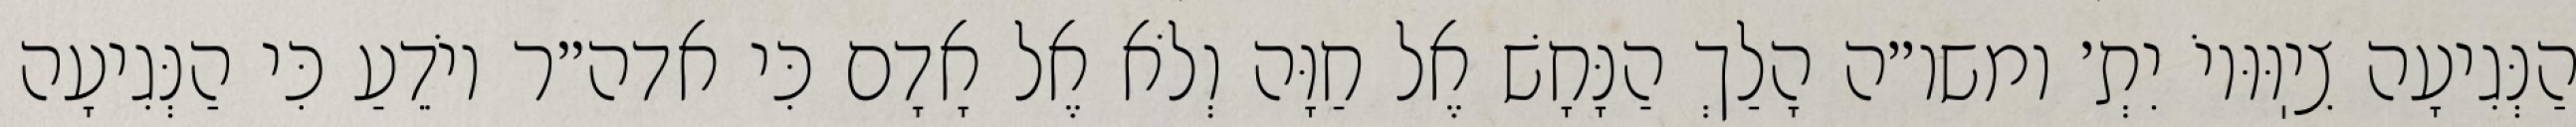
הַנְּגִיעָה צִיֽוּוּיוֹ יִתְ׳ ומשו״ה הָלַךְ הַנָּחָשׁ אֶל חַוָּה וְלֹא אֶל אָדָם כִּי אדה״ר יוֹדֵעַ כִּי הַנְּגִיעָה